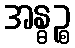
အန္ဓဉ္စ